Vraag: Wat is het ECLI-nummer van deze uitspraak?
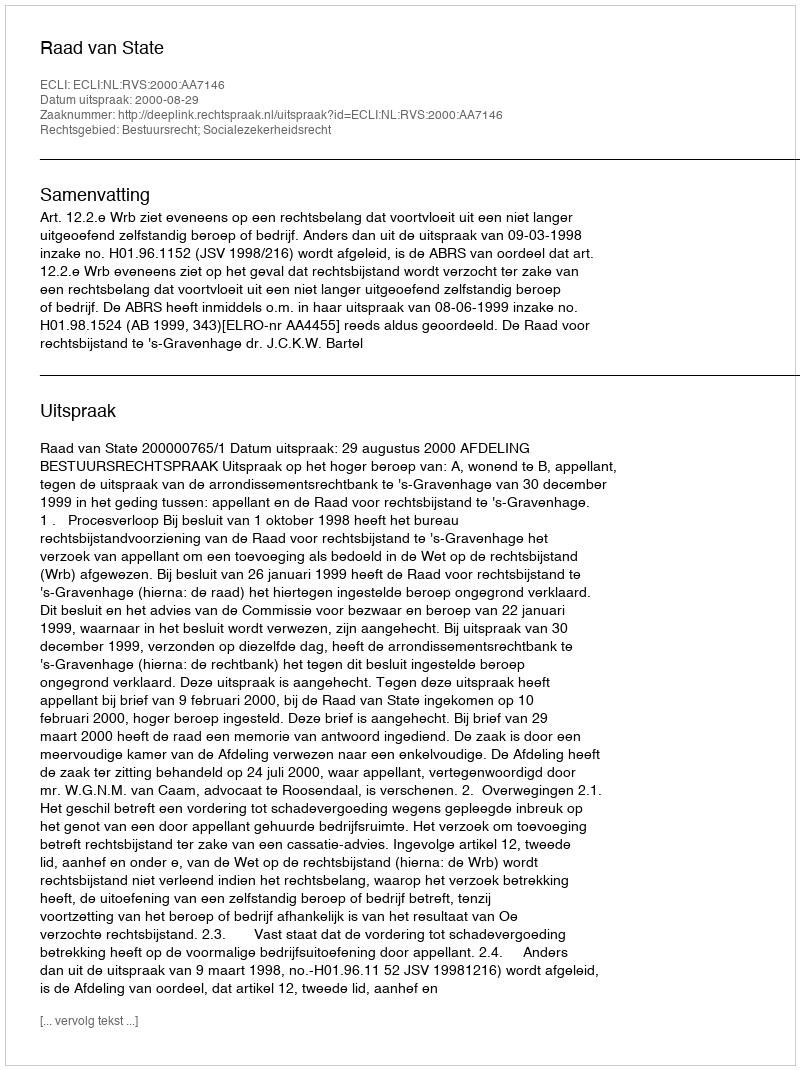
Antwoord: ECLI:NL:RVS:2000:AA7146